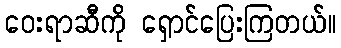
ဝေးရာဆီကို ရှောင်ပြေးကြတယ်။